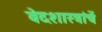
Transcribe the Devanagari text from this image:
वेदशास्त्रांचें